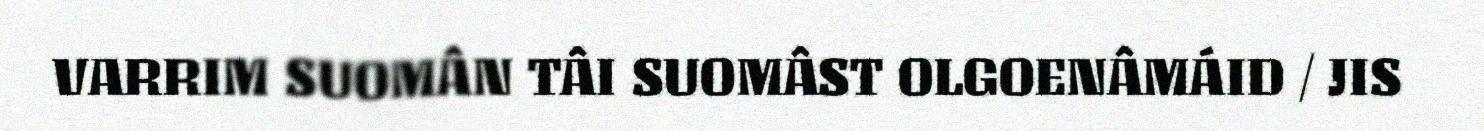
VARRIM SUOMÂN TÂI SUOMÂST OLGOENÂMÁID / JIS